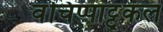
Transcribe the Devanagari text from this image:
वंचिप्पाट्टुकल